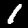
Digit: 1